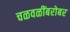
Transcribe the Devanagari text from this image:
चळवळींबरोबर